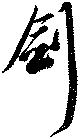
剣